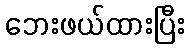
ဘေးဖယ်ထားပြီး